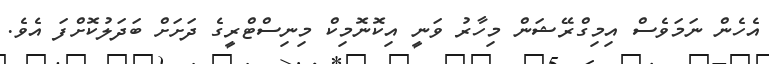
އެހެން ނަމަވެސް އިމިގްރޭޝަން މިހާރު ވަނީ އިކޮނޮމިކް މިނިސްޓްރީގެ ދަށަށް ބަދަލުކޮށްފަ އެވެ.